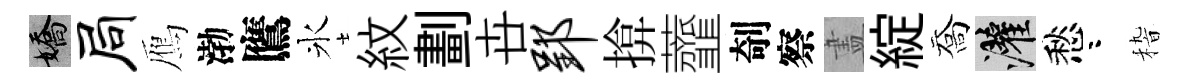
嬌局鴈渤鷹氷紋劃卋郢揜虀剞察𥁞綻喬灌愁咯𥟵